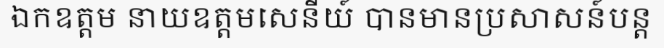
ឯកឧត្តម នាយឧត្តមសេនីយ៍ បានមានប្រសាសន៍បន្ត